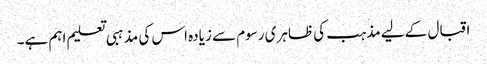
اقبال کے لیے مذہب کی ظاہری رسوم سے زیادہ اس کی مذہبی تعلیم اہم ہے۔